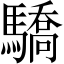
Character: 驕